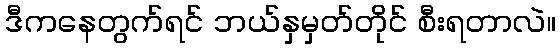
ဒီကနေတွက်ရင် ဘယ်နှမှတ်တိုင် စီးရတာလဲ။